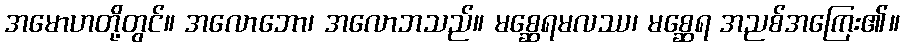
အမောဟတို့တွင်။ အလောဘော၊ အလောဘသည်။ မစ္ဆေရမလဿ၊ မစ္ဆေရ အညစ်အကြေး၏။